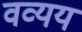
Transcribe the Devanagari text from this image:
वव्यय